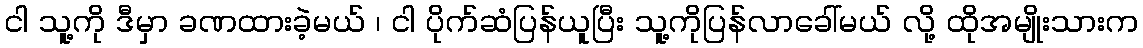
ငါ သူ့ကို ဒီမှာ ခဏထားခဲ့မယ် ၊ ငါ ပိုက်ဆံပြန်ယူပြီး သူ့ကိုပြန်လာခေါ်မယ် လို့ ထိုအမျိုးသားက